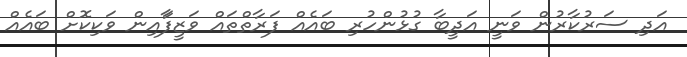
އަދި ސަރުކާރުން ވަނީ އަދީބާ ގުޅުންހުރި ބައެއް ފަރާތްތައް ވަޒީފަާއިން ވަކިކޮށް ބައެއް